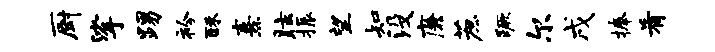
厨挲踢衿酥熹眩振望知没廉蔗蹶尔戌捧肴